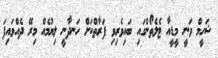
ޝަހީމް ވަނީ މީޑީއާ ޓެލެތޯންގައި ބައިވެރިވި ފަރާތްކަށް ހަނދާނީ ލިޔުމެއް މިރޭ ދެއްވައިފަ